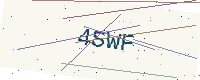
Text: 4SWF